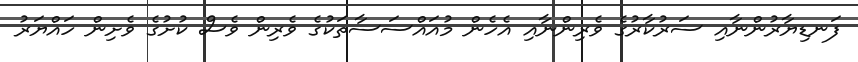
ފަނޑިޔާރުންނާއި ސަރުކާރުގެ ވެރިންނާއި އެހެން މުއައްސަސާތަކުގެ ވެރިން ވެސް ކުށުގެ ވެށިން ހައްޔަރު